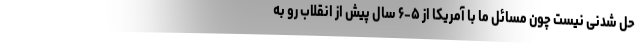
حل شدنی نیست چون مسائل ما با آمریکا از ۵-۶ سال پیش از انقلاب رو به